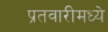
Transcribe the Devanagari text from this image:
प्रतवारीमध्ये